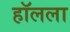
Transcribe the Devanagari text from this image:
हॉलला